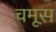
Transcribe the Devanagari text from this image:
चमूस